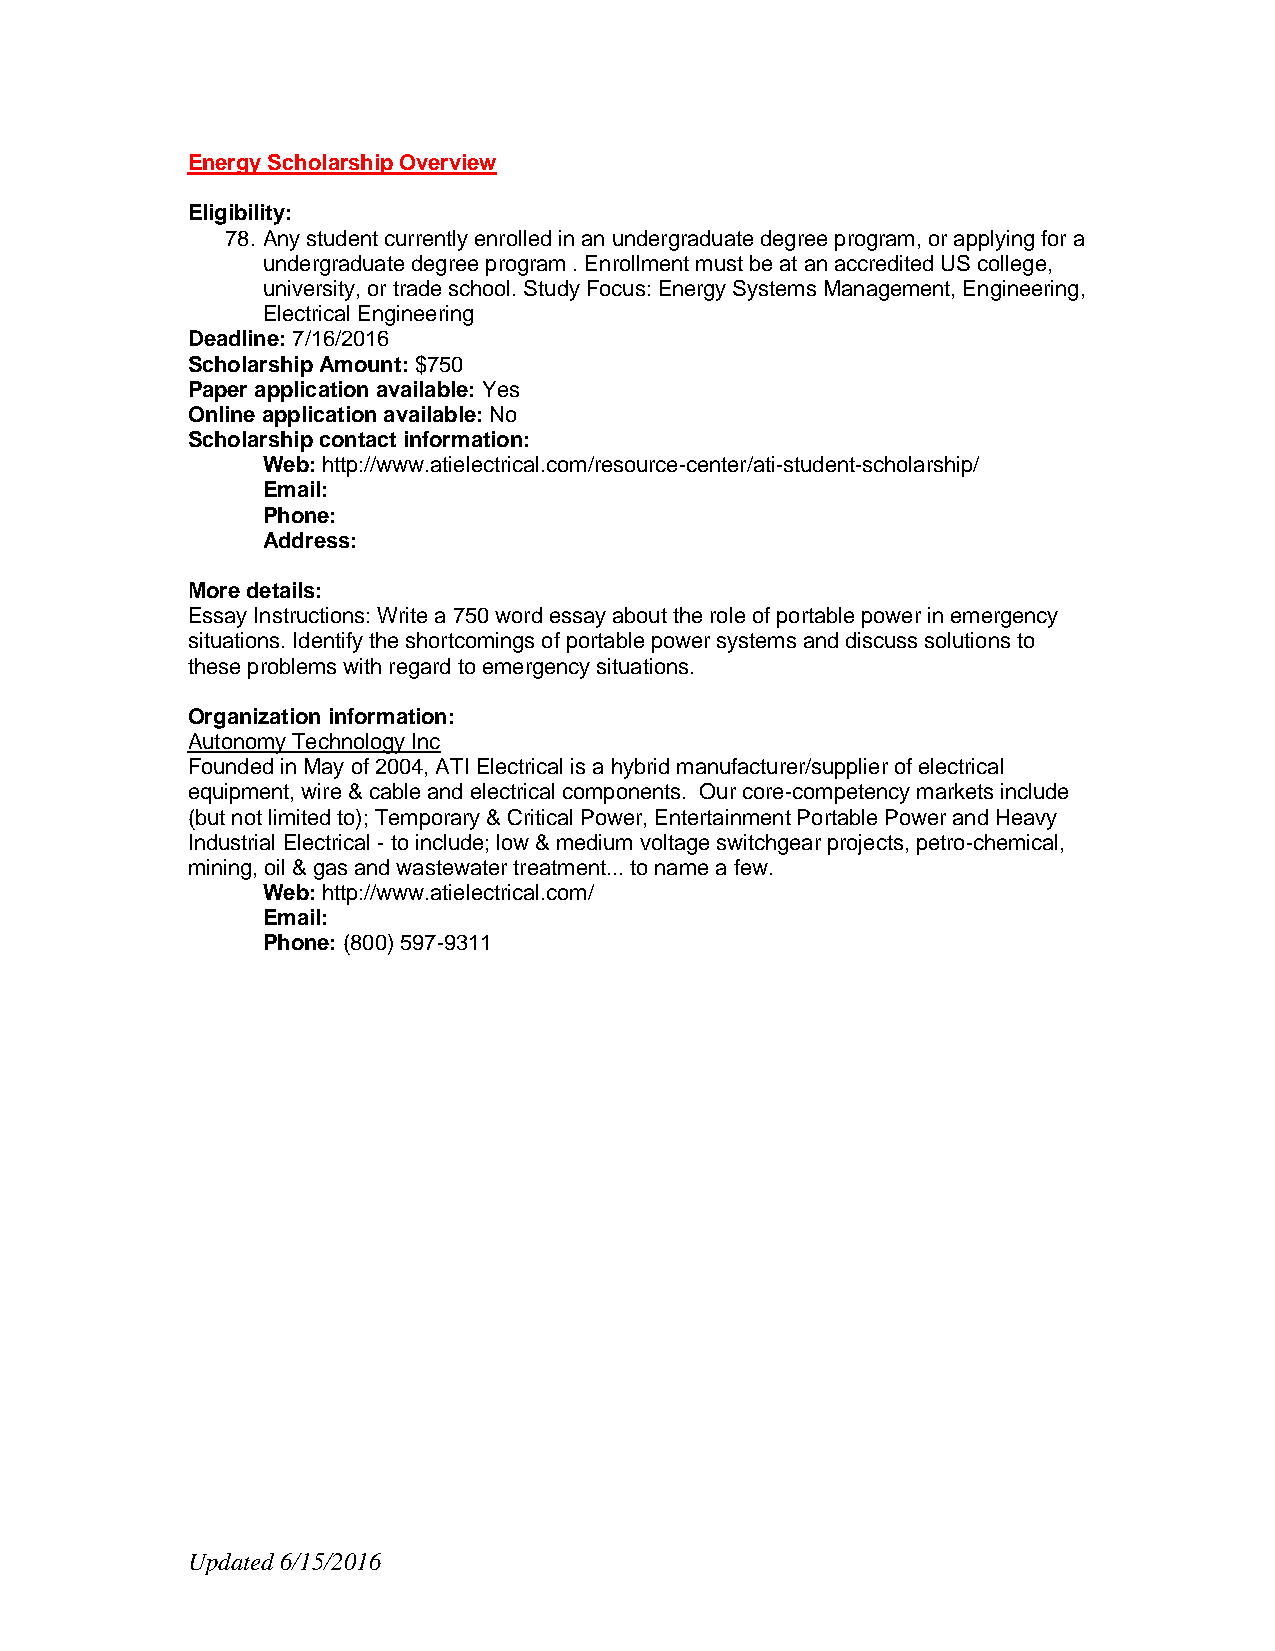
Energy Scholarship Overview
 Eligibility:
 78. Any student currently enrolled in an undergraduate degree program, or applying for a
 undergraduate degree program . Enrollment must be at an accredited US college,
 university, or trade school. Study Focus: Energy Systems Management, Engineering,
 Electrical Engineering
 Deadline: 7/16/2016
 Scholarship Amount: $750
 Paper application available: Yes
 Online application available: No
 Scholarship contact information:
 Web: http://www.atielectrical.com/resource-center/ati-student-scholarship/
 Email:
 Phone:
 Address:
 More details:
 Essay Instructions: Write a 750 word essay about the role of portable power in emergency
 situations. Identify the shortcomings of portable power systems and discuss solutions to
 these problems with regard to emergency situations.
 Organization information:
 Autonomy Technology Inc
 Founded in May of 2004, ATI Electrical is a hybrid manufacturer/supplier of electrical
 equipment, wire & cable and electrical components. Our core-competency markets include
 (but not limited to); Temporary & Critical Power, Entertainment Portable Power and Heavy
 Industrial Electrical - to include; low & medium voltage switchgear projects, petro-chemical,
 mining, oil & gas and wastewater treatment... to name a few.
 Web: http://www.atielectrical.com/
 Email:
 Phone: (800) 597-9311
 Updated 6/15/2016